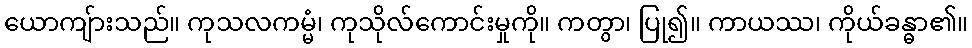
ယောကျ်ားသည်။ ကုသလကမ္မံ၊ ကုသိုလ်ကောင်းမှုကို။ ကတွာ၊ ပြု၍။ ကာယဿ၊ ကိုယ်ခန္ဓာ၏။